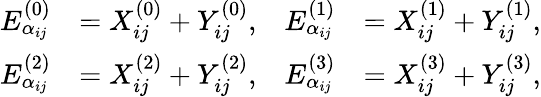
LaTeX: \begin{array}{rlrl}{E_{\alpha_{ij}}^{(0)}}&{=X_{ij}^{(0)}+Y_{ij}^{(0)},}&{E_{\alpha_{ij}}^{(1)}}&{=X_{ij}^{(1)}+Y_{ij}^{(1)},}\\ {E_{\alpha_{ij}}^{(2)}}&{=X_{ij}^{(2)}+Y_{ij}^{(2)},}&{E_{\alpha_{ij}}^{(3)}}&{=X_{ij}^{(3)}+Y_{ij}^{(3)},}\end{array}